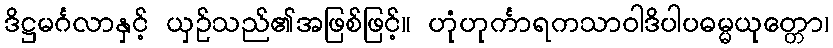
ဒိဋ္ဌမင်္ဂလာနှင့် ယှဉ်သည်၏အဖြစ်ဖြင့်။ ဟုံဟုင်္ကာရကသာဝါဒိပါပဓမ္မယုတ္တော၊